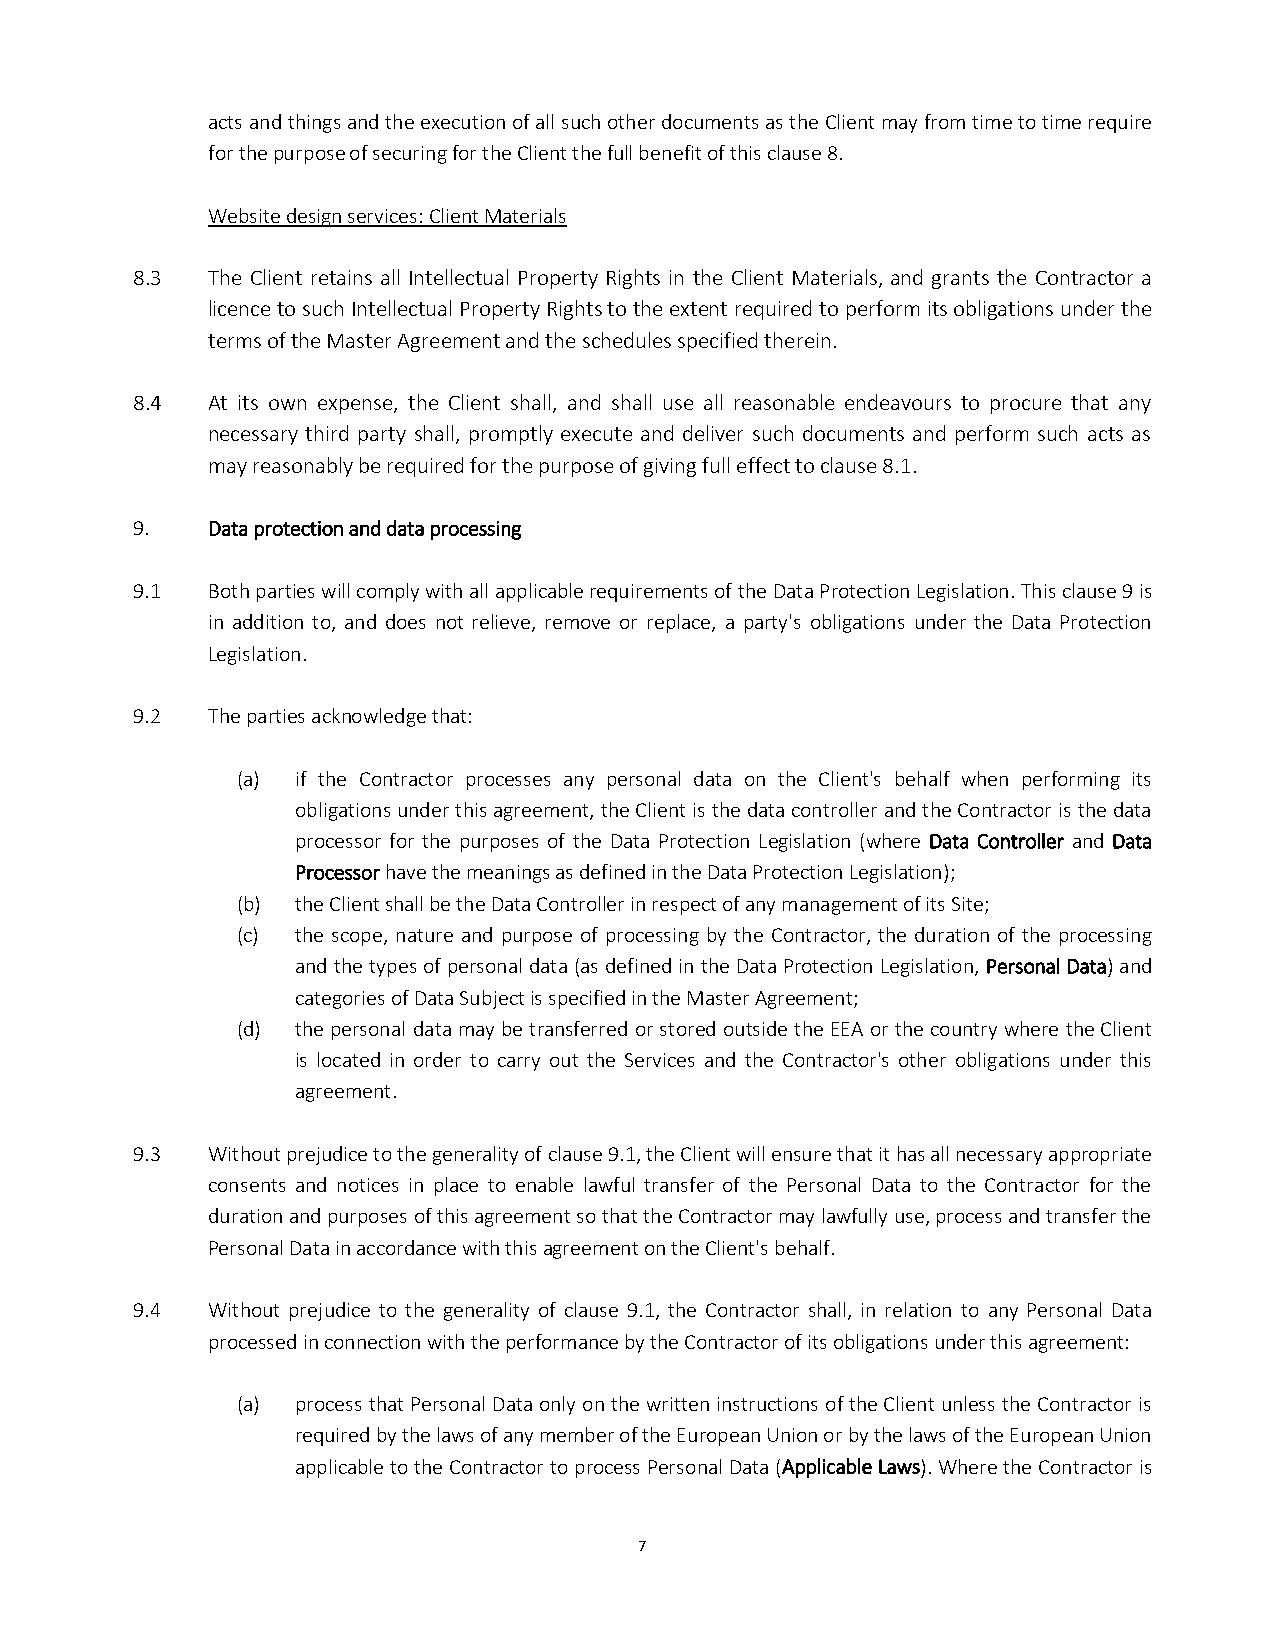
acts and things and the execution of all such other documents as the Client may from time to time require
 for the purpose of securing for the Client the full benefit of this clause 8.
 Website design services: Client Materials
 8.3  The Client retains all Intellectual Property Rights in the Client Materials, and grants the Contractor a
 licence to such Intellectual Property Rights to the extent required to perform its obligations under the
 terms of the Master Agreement and the schedules specified therein.
 8.4  At its own expense, the Client shall, and shall use all reasonable endeavours to procure that any
 necessary third party shall, promptly execute and deliver such documents and perform such acts as
 may reasonably be required for the purpose of giving full effect to clause 8.1.
 9.   Data protection and data processing
 9.1  Both parties will comply with all applicable requirements of the Data Protection Legislation. This clause 9 is
 in addition to, and does not relieve, remove or replace, a party's obligations under the Data Protection
 Legislation.
 9.2  The parties acknowledge that:
 (a) if the Contractor processes any personal data on the Client's behalf when performing its
 obligations under this agreement, the Client is the data controller and the Contractor is the data
 processor for the purposes of the Data Protection Legislation (where Data Controller and Data
 Processor have the meanings as defined in the Data Protection Legislation);
 (b) the Client shall be the Data Controller in respect of any management of its Site;
 (c) the scope, nature and purpose of processing by the Contractor, the duration of the processing
 and the types of personal data (as defined in the Data Protection Legislation, Personal Data) and
 categories of Data Subject is specified in the Master Agreement;
 (d) the personal data may be transferred or stored outside the EEA or the country where the Client
 is located in order to carry out the Services and the Contractor's other obligations under this
 agreement.
 9.3  Without prejudice to the generality of clause 9.1, the Client will ensure that it has all necessary appropriate
 consents and notices in place to enable lawful transfer of the Personal Data to the Contractor for the
 duration and purposes of this agreement so that the Contractor may lawfully use, process and transfer the
 Personal Data in accordance with this agreement on the Client's behalf.
 9.4  Without prejudice to the generality of clause 9.1, the Contractor shall, in relation to any Personal Data
 processed in connection with the performance by the Contractor of its obligations under this agreement:
 (a) process that Personal Data only on the written instructions of the Client unless the Contractor is
 required by the laws of any member of the European Union or by the laws of the European Union
 applicable to the Contractor to process Personal Data (Applicable Laws). Where the Contractor is
 7